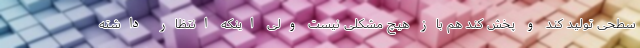
سطحی تولید کند و پخش کند هم باز هیچ مشکلی نیست ولی اینکه انتظار داشته